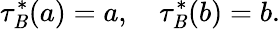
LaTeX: \tau_{\mathit{B}}^{*}(a)=a,\quad\tau_{\mathit{B}}^{*}(b)=b.